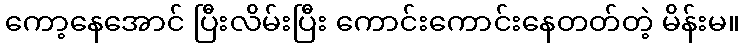
ကော့နေအောင် ပြီးလိမ်းပြီး ကောင်းကောင်းနေတတ်တဲ့ မိန်းမ။